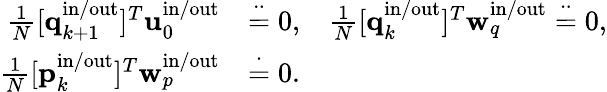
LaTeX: \begin{array}{rl}{\frac{1}{N}[\mathbf{q}_{k+1}^{\mathrm{in}/\mathrm{out}}]^{T}\mathbf{u}_{0}^{\mathrm{in}/\mathrm{out}}}&{\stackrel{\cdot\cdot}{=}0,\; \; \; \frac{1}{N}[\mathbf{q}_{k}^{\mathrm{in}/\mathrm{out}}]^{T}\mathbf{w}_{q}^{\mathrm{in}/\mathrm{out}}\stackrel{\cdot\cdot}{=}0,}\\ {\frac{1}{N}[\mathbf{p}_{k}^{\mathrm{in}/\mathrm{out}}]^{T}\mathbf{w}_{p}^{\mathrm{in}/\mathrm{out}}}&{\stackrel{\cdot}{=}0.}\end{array}